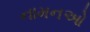
નામનઓ